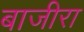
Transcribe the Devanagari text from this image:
बाजीरा